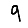
Digit: 9